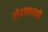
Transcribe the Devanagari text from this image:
शेरशाहची